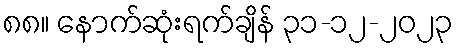
၈၈။ နောက်ဆုံးရက်ချိန် ၃၁-၁၂-၂၀၂၃